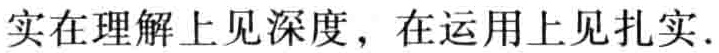
实在理解上见深度，在运用上见扎实.